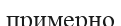
примерно